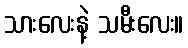
သားလေးနဲ့ သမီးလေး။